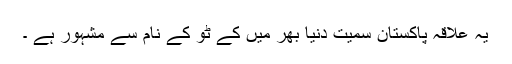
یہ علاقہ پاکستان سمیت دنیا بھر میں کے ٹو کے نام سے مشہور ہے ۔